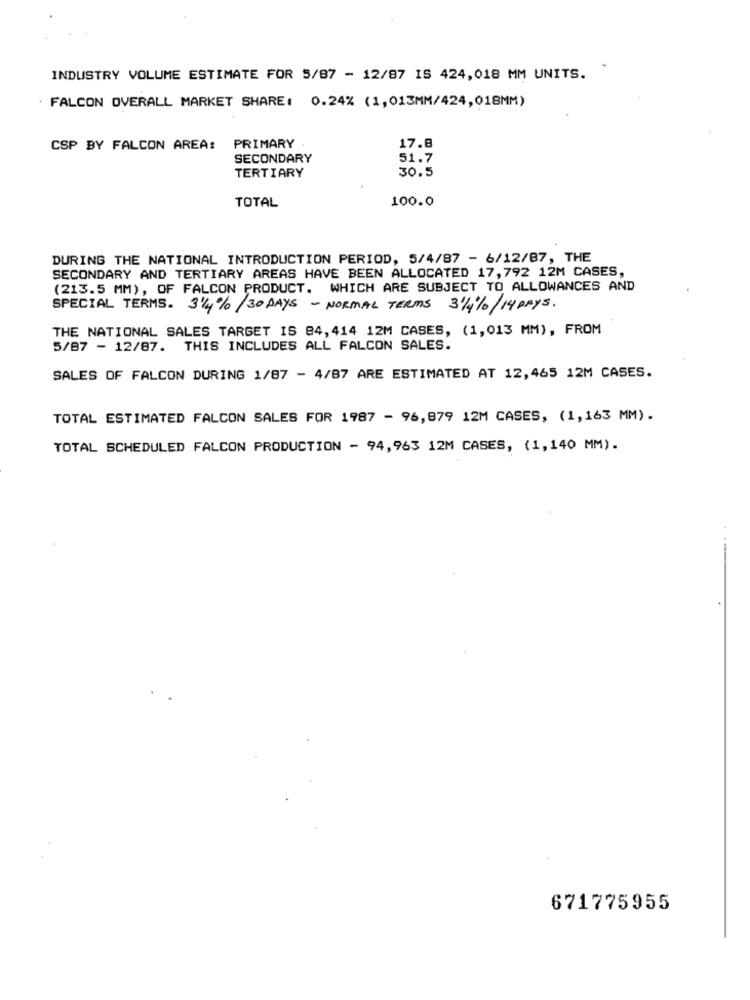
INDUSTRY VOLUME ESTIMATE FOR 5/87 - 12/87 IS 424,018 MM UNITS.
· FALCON OVERALL MARKET SHARE: 0.24% (1,013MM/424, 018MM)
CSP BY FALCON AREA:
PRIMARY
17.8
SECONDARY
51.7
TERTIARY
30.5
100.0
TOTAL
DURING THE NATIONAL INTRODUCTION PERIOD, 5/4/87 - 6/12/87, THE
SECONDARY AND TERTIARY AREAS HAVE BEEN ALLOCATED 17,792 12M CASES,
(213.5 MM), OF FALCON PRODUCT. WHICH ARE SUBJECT TO ALLOWANCES AND
SPECIAL TERMS. 31/4% /30 DAYS - NORMAL TERMS 31/4%/ 14 DAYS.
THE NATIONAL SALES TARGET IS 84,414 12M CASES, (1,013 MM), FROM
5/87 - 12/87. THIS INCLUDES ALL FALCON SALES.
SALES OF FALCON DURING 1/87 - 4/87 ARE ESTIMATED AT 12,465 12M CASES.
TOTAL ESTIMATED FALCON SALES FOR 1987 - 96,879 12M CASES, (1,163 MM).
TOTAL SCHEDULED FALCON PRODUCTION - 94,963 12M CASES, (1,140 MM).
671775955